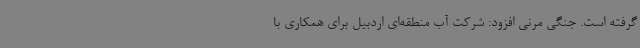
گرفته است. جنگی مرنی افزود: شرکت آب منطقه‌ای اردبیل برای همکاری با